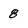
Character: 8